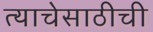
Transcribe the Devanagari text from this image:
त्याचेसाठीची